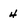
Character: 4